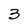
Character: 3